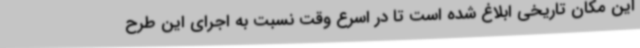
این مکان تاریخی ابلاغ شده است تا در اسرع وقت نسبت به اجرای این طرح